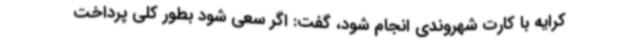
کرایه با کارت شهروندی انجام شود، گفت: اگر سعی شود بطور کلی پرداخت